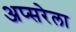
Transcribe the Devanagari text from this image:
अप्सरेला